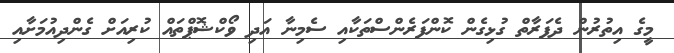
މީގެ އިތުރުން ދެފަރާތް ގުޅިގެން ކޮންފަރެންސްތަކާއި ސެމިނާ އަދި ވޯކްޝޮޕްތައް ކުރިއަށް ގެންދިއުމަށާއި